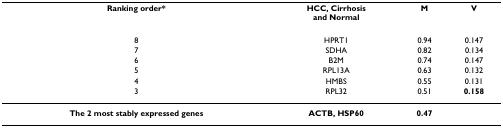
<table><thead><tr><td><b>Ranking order*</b></td><td><b>HCC, Cirrhosis and Normal</b></td><td><b>M </b></td><td><b>V</b></td></tr></thead><tbody><tr><td>8</td><td>HPRT1</td><td>0.94</td><td>0.147</td></tr><tr><td>7</td><td>SDHA</td><td>0.82</td><td>0.134</td></tr><tr><td>6</td><td>B2M</td><td>0.74</td><td>0.147</td></tr><tr><td>5</td><td>RPL13A</td><td>0.63</td><td>0.132</td></tr><tr><td>4</td><td>HMBS</td><td>0.55</td><td>0.131</td></tr><tr><td>3</td><td>RPL32</td><td>0.51</td><td><b>0.158</b></td></tr><tr><td><b>The 2 most stably expressed genes</b></td><td><b>ACTB, HSP60</b></td><td><b>0.47</b></td><td></td></tr></tbody></table>